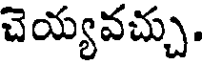
చెయ్యవచ్చు.